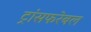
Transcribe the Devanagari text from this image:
ट्रांसफरेबल